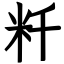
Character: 粁